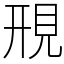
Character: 䙹